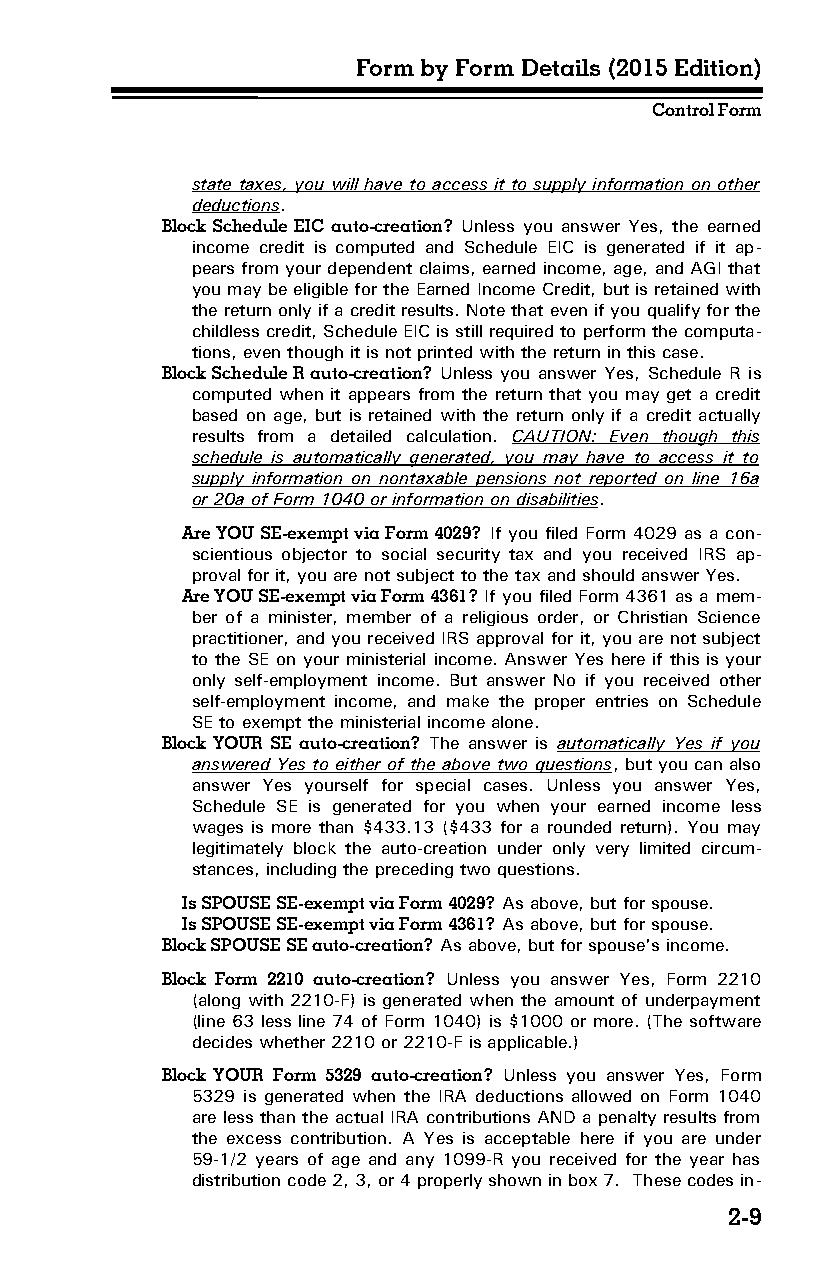
Form by Form Details (2015 Edition)
 Control Form
 state taxes, you will have to access it to supply information on other
 deductions.
 Block Schedule EIC auto-creation? Unless you answer Yes, the earned
 income credit is computed and Schedule EIC is generated if it ap­
 pears from your dependent claims, earned income, age, and AGI that
 you may be eligible for the Earned Income Credit, but is retained with
 the return only if a credit results. Note that even if you qualify for the
 childless credit, Schedule EIC is still required to perform the computa­
 tions, even though it is not printed with the return in this case.
 Block Schedule R auto-creation? Unless you answer Yes, Schedule R is
 computed when it appears from the return that you may get a credit
 based on age, but is retained with the return only if a credit actually
 results from a detailed calculation. CAUTION: Even though this
 schedule is automatically generated, you may have to access it to
 supply information on nontaxable pensions not reported on line 16a
 or 20a of Form 1040 or information on disabilities.
 Are YOU SE-exempt via Form 4029? If you filed Form 4029 as a con­
 scientious objector to social security tax and you received IRS ap­
 proval for it, you are not subject to the tax and should answer Yes.
 Are YOU SE-exempt via Form 4361? If you filed Form 4361 as a mem­
 ber of a minister, member of a religious order, or Christian Science
 practitioner, and you received IRS approval for it, you are not subject
 to the SE on your ministerial income. Answer Yes here if this is your
 only self-employment income. But answer No if you received other
 self-employment income, and make the proper entries on Schedule
 SE to exempt the ministerial income alone.
 Block YOUR SE auto-creation? The answer is automatically Yes if you
 answered Yes to either of the above two questions, but you can also
 answer Yes yourself for special cases. Unless you answer Yes,
 Schedule SE is generated for you when your earned income less
 wages is more than $433.13 ($433 for a rounded return). You may
 legitimately block the auto-creation under only very limited circum­
 stances, including the preceding two questions.
 Is SPOUSE SE-exempt via Form 4029? As above, but for spouse.
 Is SPOUSE SE-exempt via Form 4361? As above, but for spouse.
 Block SPOUSE SE auto-creation? As above, but for spouse's income.
 Block Form 2210 auto-creation? Unless you answer Yes, Form 2210
 (along with 2210-F) is generated when the amount of underpayment
 (line 63 less line 74 of Form 1040) is $1000 or more. (The software
 decides whether 2210 or 2210-F is applicable.)
 Block YOUR Form 5329 auto-creation? Unless you answer Yes, Form
 5329 is generated when the IRA deductions allowed on Form 1040
 are less than the actual IRA contributions AND a penalty results from
 the excess contribution. A Yes is acceptable here if you are under
 59-1/2 years of age and any 1099-R you received for the year has
 distribution code 2, 3, or 4 properly shown in box 7. These codes in­
 2-9